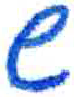
אות: ש